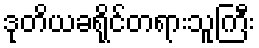
ဒုတိယခရိုင်တရားသူကြီး